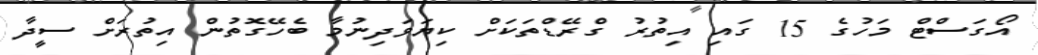
އޯގަސްޓް މަހުގެ 15 ގައި އިތުރު ގްރޭޑްތަކަށް ކިޔަވަދިނުމާ ބެހޭގޮތުން އިތުރަށް ސީދާ